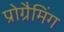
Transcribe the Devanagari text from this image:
प्रोग्रैमिंग